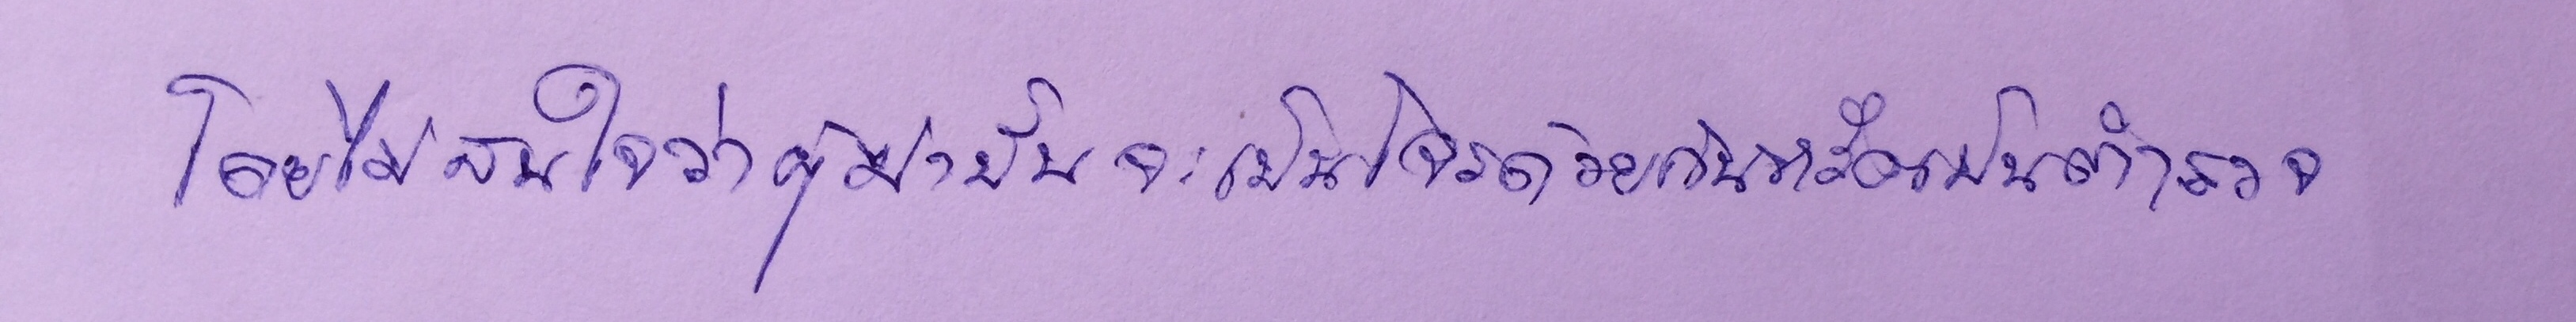
โดยไม่สนใจว่าผู้ฆ่านั้นจะเป็นโจรด้วยกันหรือเป็นตำรวจ